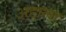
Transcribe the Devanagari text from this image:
अद्दाला